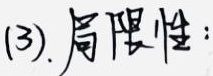
(3). 局限性：